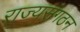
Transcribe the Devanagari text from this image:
राज्यसंगठन